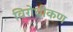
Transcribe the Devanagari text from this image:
विरोधीकण